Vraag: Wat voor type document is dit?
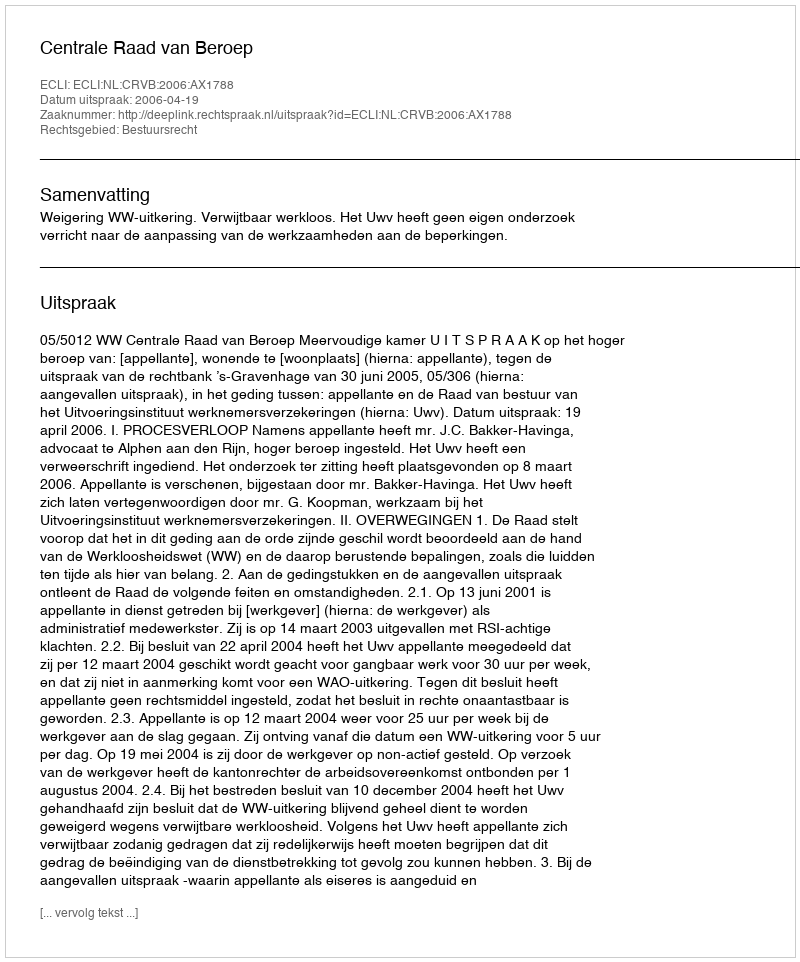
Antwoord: Uitspraak